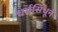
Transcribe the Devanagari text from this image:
धर्मसिंधूने